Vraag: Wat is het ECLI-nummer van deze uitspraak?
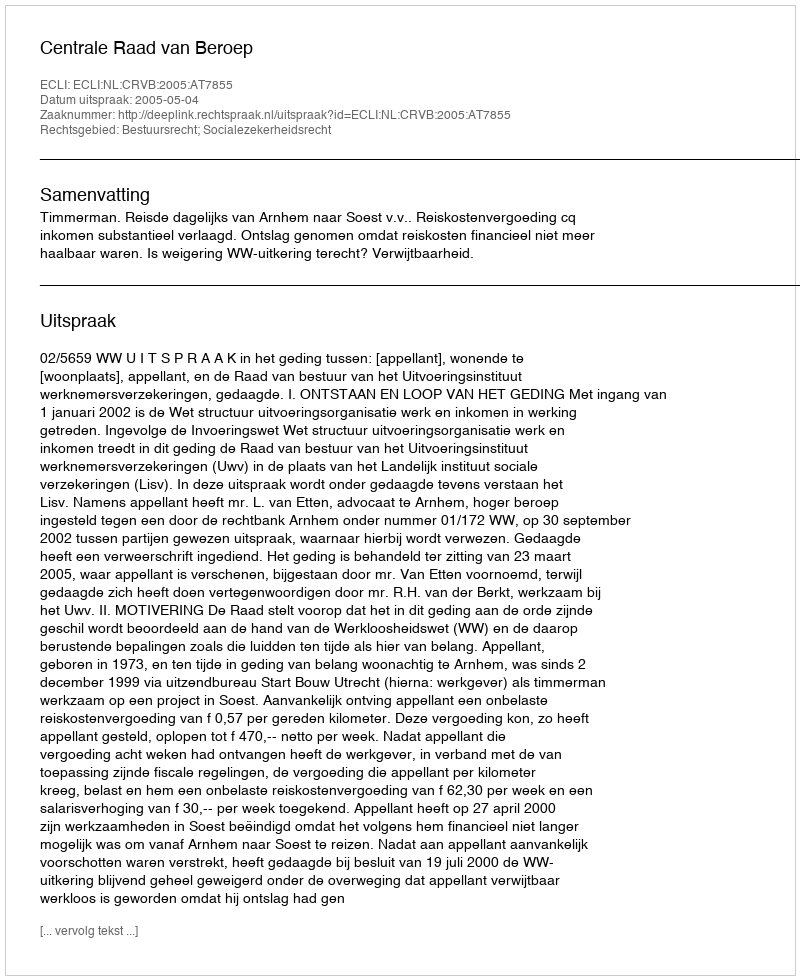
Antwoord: ECLI:NL:CRVB:2005:AT7855